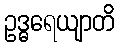
ဥဒ္ဓရေယျာတိ